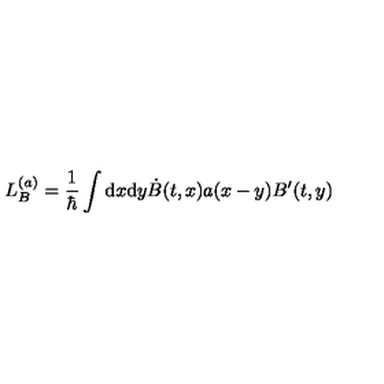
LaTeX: L _ { B } ^ { ( a ) } = \frac 1 { \hbar } \int \mathrm { d } x \mathrm { d } y \dot { B } ( t , x ) a ( x - y ) B ^ { \prime } ( t , y )